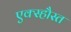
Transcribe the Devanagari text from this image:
एक्स्हौस्त